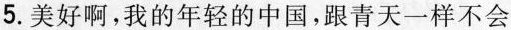
5.美好啊，我的年轻的中国，跟青天一样不会